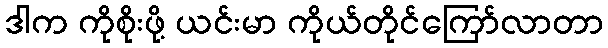
ဒါက ကိုစိုးဖို့ ယင်းမာ ကိုယ်တိုင်ကြော်လာတာ